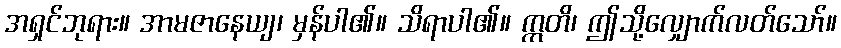
အရှင်ဘုရား။ အာမဇာနေယျ၊ မှန်ပါ၏။ သိရာပါ၏။ ဣတိ၊ ဤသို့လျှောက်လတ်သော်။